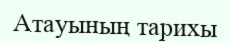
Атауының тарихы